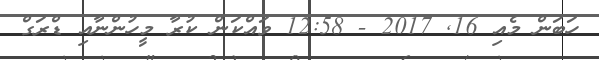
ހަބަން މެއި 16